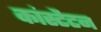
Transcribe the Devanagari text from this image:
कांस्टैटन